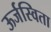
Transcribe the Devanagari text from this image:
ऊर्जस्विता